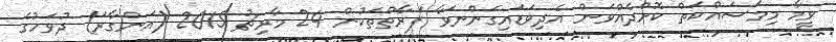
ވީމާ މިމަސައްކަތް ކޮށްދެއްވަން އެދިވަޑައިގަންނަވާ ފަރާތްތަކުން 24 މާރިޗު 2015 (އަންގާރަ) ދުވަހުގެ